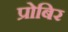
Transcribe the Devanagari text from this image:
प्रोबिर